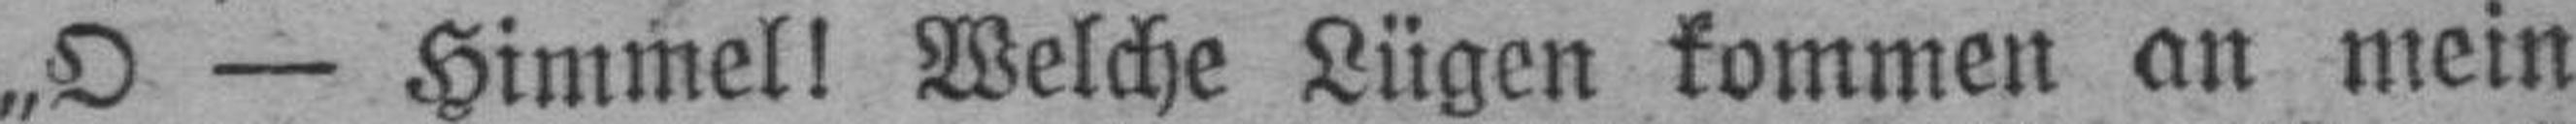
„O — Himmel! Welche Lügen kommen an mein